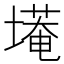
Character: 𮰭